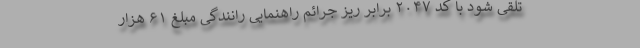
تلقی شود با کد ۲۰۴۷ برابر ریز جرائم راهنمایی رانندگی مبلغ ۶۱ هزار